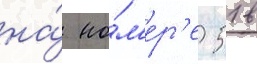
на́ но́м'ер'е 51 в